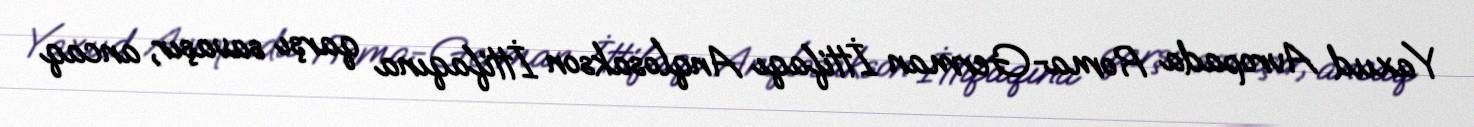
Yaxud Avropada Roma-German İttifaqı Anqlosakson İttifaqına qarşı savaşır, ancaq